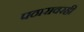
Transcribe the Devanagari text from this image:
पठारावरही